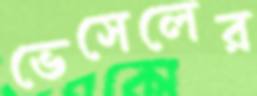
ভেসেলের